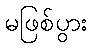
မဖြစ်ပွား